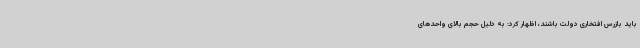
باید بازرس افتخاری دولت باشند، اظهار کرد: به دلیل حجم بالای واحدهای